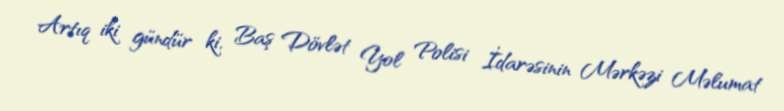
Artıq iki gündür ki, Baş Dövlət Yol Polisi İdarəsinin Mərkəzi Məlumat